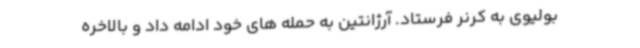
بولیوی به کرنر فرستاد. آرژانتین به حمله های خود ادامه داد و بالاخره